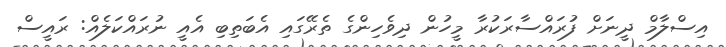
އިސްލާމް ދީނަށް ފުރައްސާރަކުރާ މީހުން ދިވެހިންގެ ތެރޭގައި އެބަތިބި އެއީ ނުރައްކަލެއް: ރައީސް